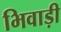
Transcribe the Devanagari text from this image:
भिवाड़ी